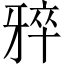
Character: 𪺨